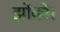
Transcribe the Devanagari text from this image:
झोंको।